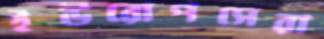
ইউরোপসেরা